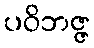
ပဝိဘဇ္ဇ